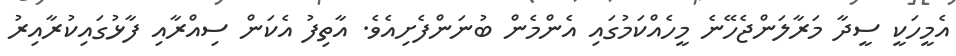
އެމީހަކީ ސީދާ މަރާލަންޖެހޭނެ މީހެއްކަމުގައި އެންމެން ބުނަންފެށިއެވެ. އާތިފު އެކަން ސިއްރާއި ފާޅުގައިކުރާއިރު